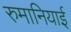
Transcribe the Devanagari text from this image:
रुमानियाई